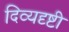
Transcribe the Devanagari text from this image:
दिव्यदृष्टी